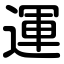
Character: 運